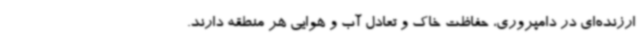
ارزنده‌ای در دامپروری، حفاظت خاک و تعادل آب و هوایی هر منطقه دارند.